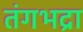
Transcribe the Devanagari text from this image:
तंगभद्रा